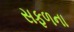
સફળના